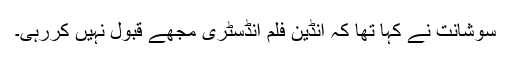
سوشانت نے کہا تھا کہ انڈین فلم انڈسٹری مجھے قبول نہیں کررہی۔